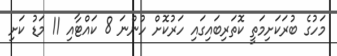
މަހުގެ ބުރަކަށިމަތީ ކޮތަރިބައިގައި ހަރުކޮށް ހުންނަ 8 ކައްޓާއި 11 މަޑު ކަށި